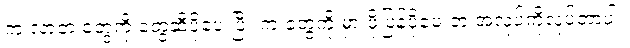
က လာတဲ့ တွေကို တွေဆီပို့ပေးပြီး က တွေကို မှာ ဖို့ပြန်ပို့ပေးတဲ့ အလုပ်ကိုလုပ်တာပါ။